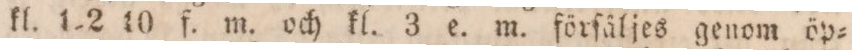
kl. 1 2 10 f. m. och kl. 3 e. m. förſäljes genom öp=